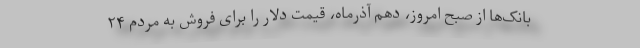
بانک‌ها از صبح امروز، دهم آذرماه، قیمت دلار را برای فروش به مردم ۲۴